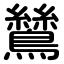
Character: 鷥